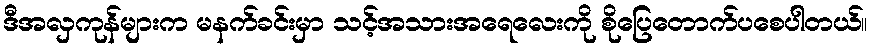
ဒီအလှကုန်များက မနက်ခင်းမှာ သင့်အသားအရေလေးကို စိုပြေတောက်ပစေပါတယ်။